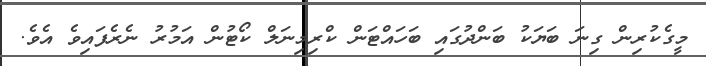
މީގެކުރިން ގިނަ ބަޔަކު ބަންދުގައި ބަހައްޓަން ކްރިމިނަލް ކޯޓުން އަމުރު ނެރެފައިވެ އެވެ.